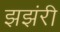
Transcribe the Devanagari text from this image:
झझंरी